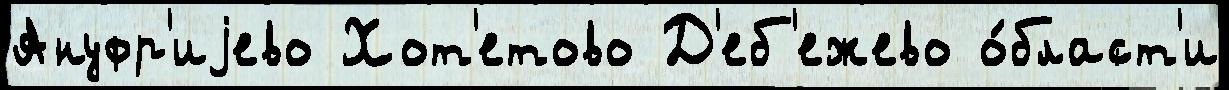
Ануфр'иjево Хот'етово Д'еб'ежево о́бласт'и